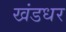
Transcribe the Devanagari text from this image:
खंडधर